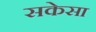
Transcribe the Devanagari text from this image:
सकेसा